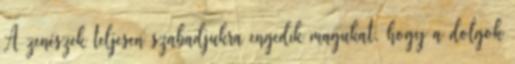
A zenészek teljesen szabadjukra engedik magukat, hogy a dolgok